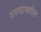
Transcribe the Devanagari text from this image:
रुपयावरील